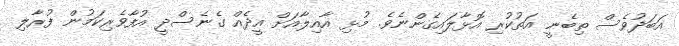
އަބަދުވެސް ތިބެނީ އަތުކުރި އޮޅާލައިގެންނެވެ. މުޅި އާއިލާއަށް އީދެއް ގެނެސްދީ އުފާވެރިކަމުން ފުރާލި